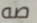
صه